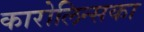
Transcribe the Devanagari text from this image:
कारोलिन्सका